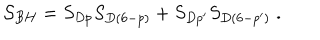
{ \cal S } _ { B H } = S _ { D p } S _ { D ( 6 - p ) } + S _ { D p ^ { \prime } } S _ { D ( 6 - p ^ { \prime } ) } \; .